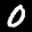
Label: 0